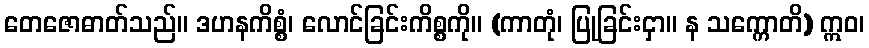
တေဇောဓာတ်သည်။ ဒဟနကိစ္စံ၊ လောင်ခြင်းကိစ္စကို။ (ကာတုံ၊ ပြုခြင်းငှာ။ န သက္ကောတိ) ဣဝ၊